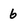
Character: 6